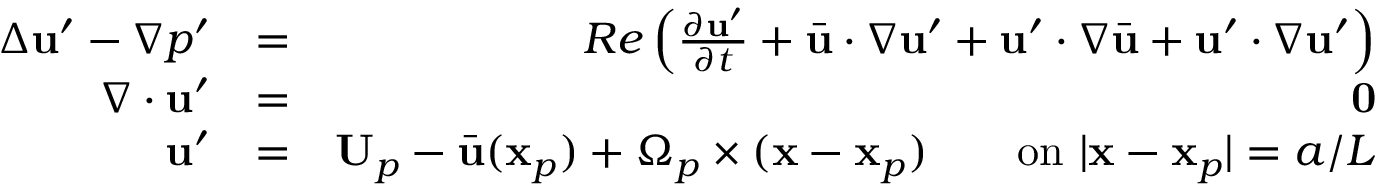
\begin{array} { r l r } { \Delta \mathbf { u } ^ { \prime } - \nabla p ^ { \prime } } & { = } & { R e \left( \frac { \partial \mathbf { u } ^ { \prime } } { \partial t } + \bar { \mathbf { u } } \cdot \nabla \mathbf { u } ^ { \prime } + \mathbf { u } ^ { \prime } \cdot \nabla \bar { \mathbf { u } } + \mathbf { u } ^ { \prime } \cdot \nabla \mathbf { u } ^ { \prime } \right) } \\ { \nabla \cdot \mathbf { u } ^ { \prime } } & { = } & { \mathbf { 0 } } \\ { \mathbf { u } ^ { \prime } } & { = } & { \mathbf { U } _ { p } - \bar { \mathbf { u } } ( \mathbf { x } _ { p } ) + \Omega _ { p } \times ( \mathbf { x } - \mathbf { x } _ { p } ) \qquad \mathrm { o n ~ } | \mathbf { x } - \mathbf { x } _ { p } | = a / L } \end{array}